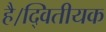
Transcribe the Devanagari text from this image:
है।द्वितीयक